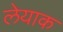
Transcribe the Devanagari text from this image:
लेयाक